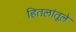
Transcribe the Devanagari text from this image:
हितलांतूले